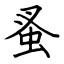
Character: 蚤